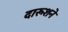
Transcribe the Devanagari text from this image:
दारूशने